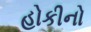
હોકીનો